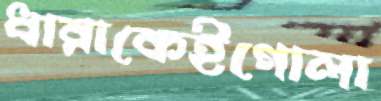
ধারাকেইগোলা